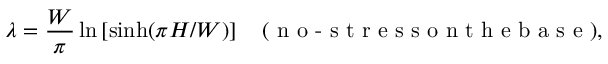
\lambda = \frac { W } { \pi } \ln \left[ { \sinh ( \pi H / W ) } \right] \quad ( \textrm { n o - s t r e s s o n t h e b a s e } ) ,